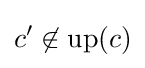
c'\not \in \mathrm {up} (c)